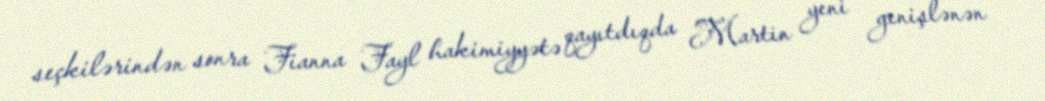
seçkilərindən sonra Fianna Fayl hakimiyyətə qayıtdıqda Martin yeni genişlənən